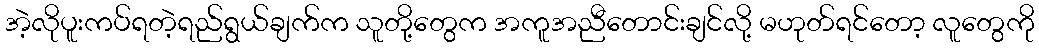
အဲ့လိုပူးကပ်ရတဲ့ရည်ရွယ်ချက်က သူတို့တွေက အကူအညီတောင်းချင်လို့ မဟုတ်ရင်တော့ လူတွေကို